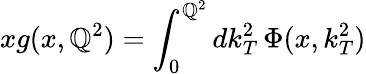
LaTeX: xg(x,\mathbb{Q}^{2})=\int_{0}^{\mathbb{Q}^{2}}dk_{T}^{2}\, \Phi(x,k_{T}^{2})